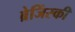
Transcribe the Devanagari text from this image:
ब्रेजिंस्की